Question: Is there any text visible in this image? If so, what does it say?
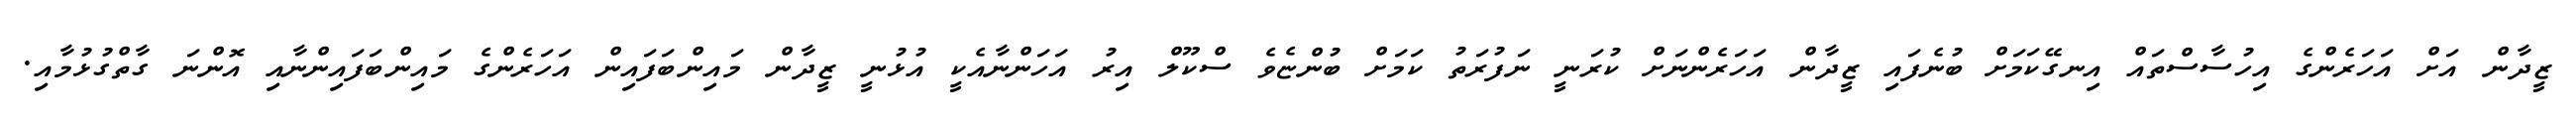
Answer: ޒީދާން އަށް އަހަރެންގެ އިހުސާސްތައް އިނގޭކަމަށް ބުނެފައި ޒީދާން އަހަރެންނަށް ކުރަނީ ނަފުރަތު ކަމަށް ބުންޏެވެ ސްކޫލް އިރު އަހަންނާއެކީ އުޅުނީ ޒީދާން މައިންބަފައިން އަހަރެންގެ މައިންބަފައިންނާއި އޮންނަ ގާތްގުޅުމާއި.